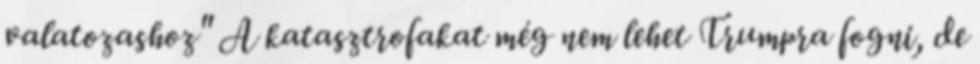
valatozashoz" A katasztrofakat még nem lehet Trumpra fogni, de